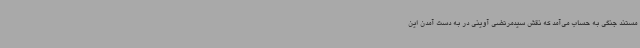
مستند جنگی به حساب می‌آمد که نقش سیدمرتضی آوینی در به دست آمدن این